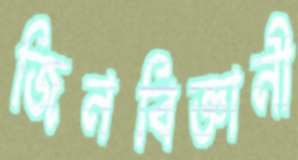
জিনবিজ্ঞানী